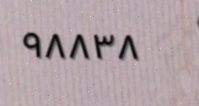
٩٨٨٣٨